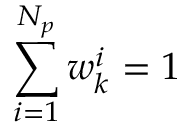
\sum _ { i = 1 } ^ { N _ { p } } w _ { k } ^ { i } = 1